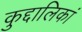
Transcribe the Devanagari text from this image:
कुद्दालिकां